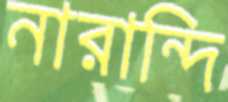
নারান্দি